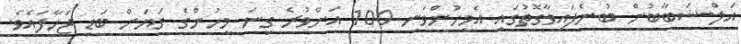
އަލް-ޝަބާބުން ބުނެފައިވާގޮތުގައި އެމީހުންވަނީ 100 އަށްވުރެ ގިނަ މީހުންގެ ގަޔަށް ބަޑި ޖަހާފައެވެ.